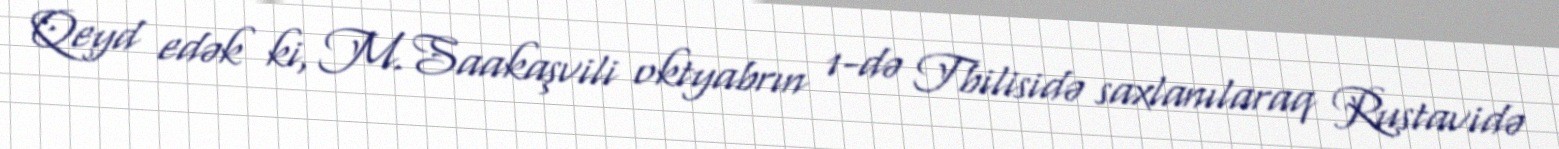
Qeyd edək ki, M.Saakaşvili oktyabrın 1-də Tbilisidə saxlanılaraq Rustavidə